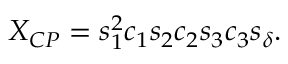
X _ { C P } = s _ { 1 } ^ { 2 } c _ { 1 } s _ { 2 } c _ { 2 } s _ { 3 } c _ { 3 } s _ { \delta } .